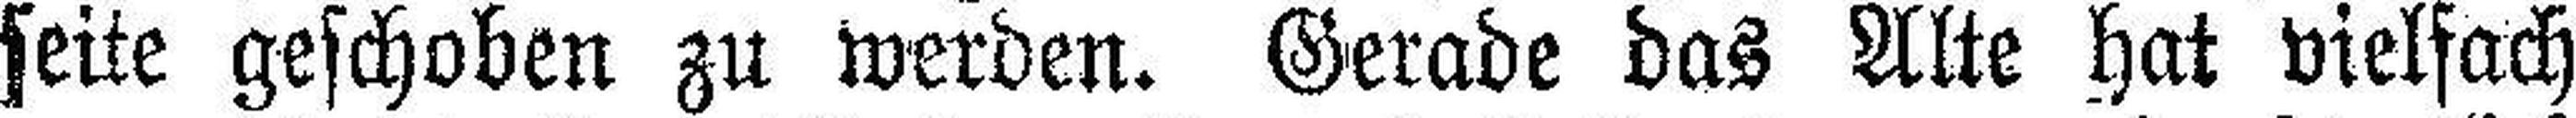
seite geschoben zu werden. Gerade das Alte hat vielfach